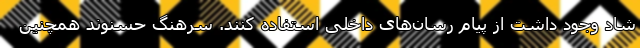
شاد وجود داشت از پیام رسان‌های داخلی استفاده کنند. سرهنگ حسنوند همچنین